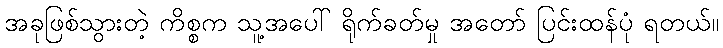
အခုဖြစ်သွားတဲ့ ကိစ္စက သူ့အပေါ် ရိုက်ခတ်မှု အတော် ပြင်းထန်ပုံ ရတယ်။